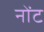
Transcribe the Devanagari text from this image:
नोंट